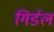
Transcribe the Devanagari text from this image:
गिर्डल